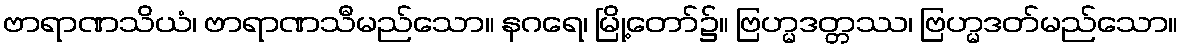
ဗာရာဏသိယံ၊ ဗာရာဏသီမည်သော။ နဂရေ၊ မြို့တော်၌။ ဗြဟ္မဒတ္တဿ၊ ဗြဟ္မဒတ်မည်သော။